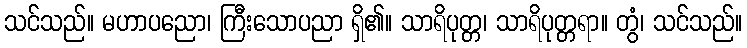
သင်သည်။ မဟာပညော၊ ကြီးသောပညာ ရှိ၏။ သာရိပုတ္တ၊ သာရိပုတ္တရာ။ တွံ၊ သင်သည်။